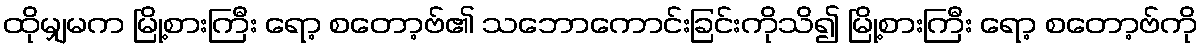
ထိုမျှမက မြို့စားကြီး ရော့ စတော့ဗ်၏ သဘောကောင်းခြင်းကိုသိ၍ မြို့စားကြီး ရော့ စတော့ဗ်ကို